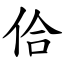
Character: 佮